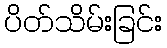
ပိတ်သိမ်းခြင်း